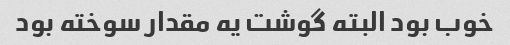
خوب بود البته گوشت یه مقدار سوخته بود